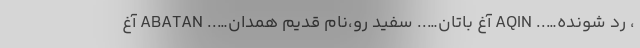
، رد شونده….. AQIN آغ باتان….. سفید رو،نام قدیم همدان….. ABATAN آغ